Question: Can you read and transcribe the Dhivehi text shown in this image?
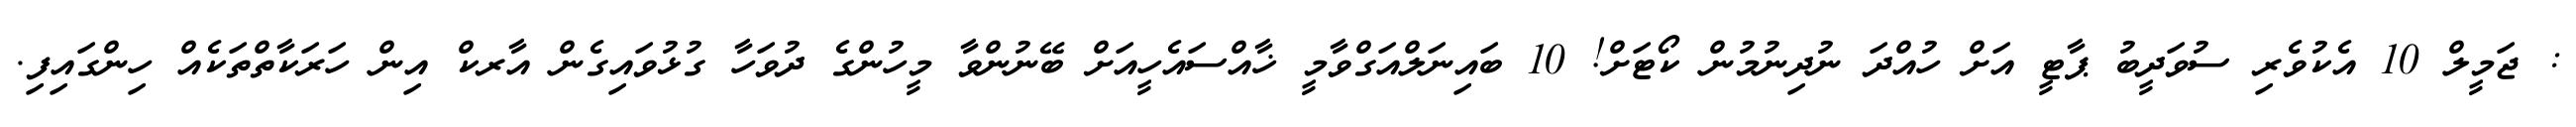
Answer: : ޖަމީލް 10 އެކުވެރި ސުވަދީބު ޕާޓީ އަށް ހުއްދަ ނުދިނުމުން ކޯޓަށް! 10 ބައިނަލްއަގްވާމީ ޚާއްސައެހީއަށް ބޭނުންވާ މީހުންގެ ދުވަހާ ގުޅުވައިގެން އާރކް އިން ހަރަކާތްތަކެއް ހިންގައިފި.